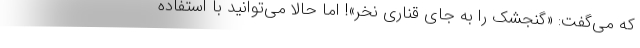
که می‌گفت: «گنجشک را به جای قناری نخر»! اما حالا می‌توانید با استفاده